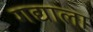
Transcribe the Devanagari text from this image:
गद्याला